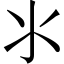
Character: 氺